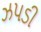
ઝપડી